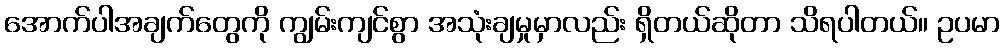
အောက်ပါအချက်တွေကို ကျွမ်းကျင်စွာ အသုံးချမှုမှာလည်း ရှိတယ်ဆိုတာ သိရပါတယ်။ ဥပမာ